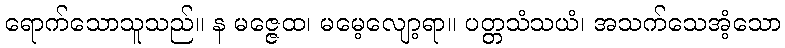
ရောက်သောသူသည်။ န မဇ္ဇေထ၊ မမေ့လျော့ရာ။ ပတ္တသံသယံ၊ အသက်သေအံ့သော